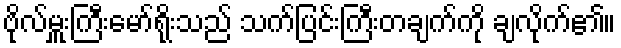
ဗိုလ်မှူးကြီးမော်ရိုးသည် သက်ပြင်းကြီးတချက်ကို ချလိုက်၏။